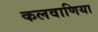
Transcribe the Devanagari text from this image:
कलवाणिया